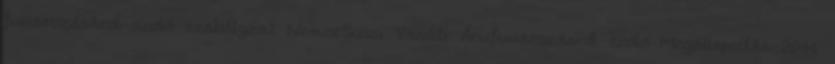
fuvarozásáról szóló szabályzat Nemzetközi Vasúti Árufuvarozásról szóló Megállapodás 2011.